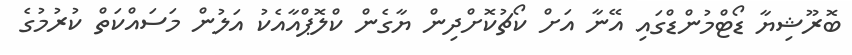
ބޮރޫޝިޔާ ޑޯޓްމުންޑްގައި އޭނާ އަށް ކޯޗުކޮށްދިން ޔާގެން ކްލޮޕްއާއެކު އަލުން މަސައްކަތް ކުރުމުގެ